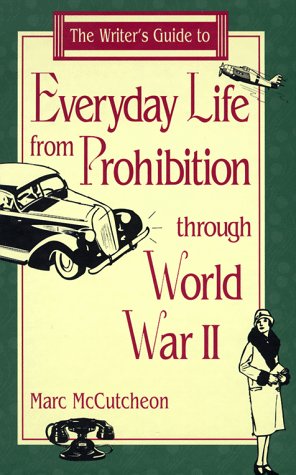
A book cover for The Writer's Guide to Everyday Life from Prohibition Through World War II (Writer's Guides to Everyday Life); Marc McCutcheon; Reference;